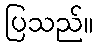
ပြသည်။